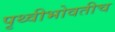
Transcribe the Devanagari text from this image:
पृथ्वीभोवतीच